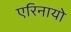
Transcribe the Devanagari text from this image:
एरिनायो